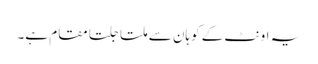
یہ اونٹ کے کوہان سے ملتا جلتا مقام ہے۔